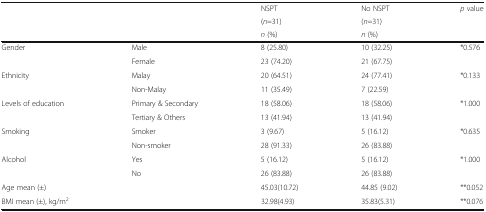
<table><thead><tr><td rowspan="3"></td><td rowspan="3"></td><td><b>NSPT</b></td><td><b>No NSPT</b></td><td rowspan="3"><b><i>p</i> value</b></td></tr><tr><td><b>(<i>n</i>=31)</b></td><td><b>(<i>n</i>=31)</b></td></tr><tr><td><b><i>n</i> (%)</b></td><td><b><i>n</i> (%)</b></td></tr></thead><tbody><tr><td rowspan="2">Gender</td><td>Male</td><td>8 (25.80)</td><td>10 (32.25)</td><td rowspan="2">*0.576</td></tr><tr><td>Female</td><td>23 (74.20)</td><td>21 (67.75)</td></tr><tr><td rowspan="2">Ethnicity</td><td>Malay</td><td>20 (64.51)</td><td>24 (77.41)</td><td rowspan="2">*0.133</td></tr><tr><td>Non-Malay</td><td>11 (35.49)</td><td>7 (22.59)</td></tr><tr><td rowspan="2">Levels of education</td><td>Primary &amp; Secondary</td><td>18 (58.06)</td><td>18 (58.06)</td><td rowspan="2">*1.000</td></tr><tr><td>Tertiary &amp; Others</td><td>13 (41.94)</td><td>13 (41.94)</td></tr><tr><td rowspan="2">Smoking</td><td>Smoker</td><td>3 (9.67)</td><td>5 (16.12)</td><td rowspan="2">*0.635</td></tr><tr><td>Non-smoker</td><td>28 (91.33)</td><td>26 (83.88)</td></tr><tr><td rowspan="2">Alcohol</td><td>Yes</td><td>5 (16.12)</td><td>5 (16.12)</td><td rowspan="2">*1.000</td></tr><tr><td>No</td><td>26 (83.88)</td><td>26 (83.88)</td></tr><tr><td>Age mean (±)</td><td></td><td>45.03(10.72)</td><td>44.85 (9.02)</td><td>**0.052</td></tr><tr><td>BMI mean (±), kg/m<sup>2</sup></td><td></td><td>32.98(4.93)</td><td>35.83(5.31)</td><td>**0.076</td></tr></tbody></table>